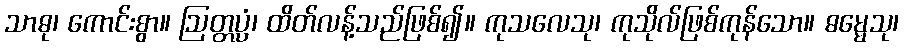
သာဓု၊ ကောင်းစွာ။ ဩတ္တပ္ပံ၊ ထိတ်လန့်သည်ဖြစ်၍။ ကုသလေသု၊ ကုသိုလ်ဖြစ်ကုန်သော။ ဓမ္မေသု၊